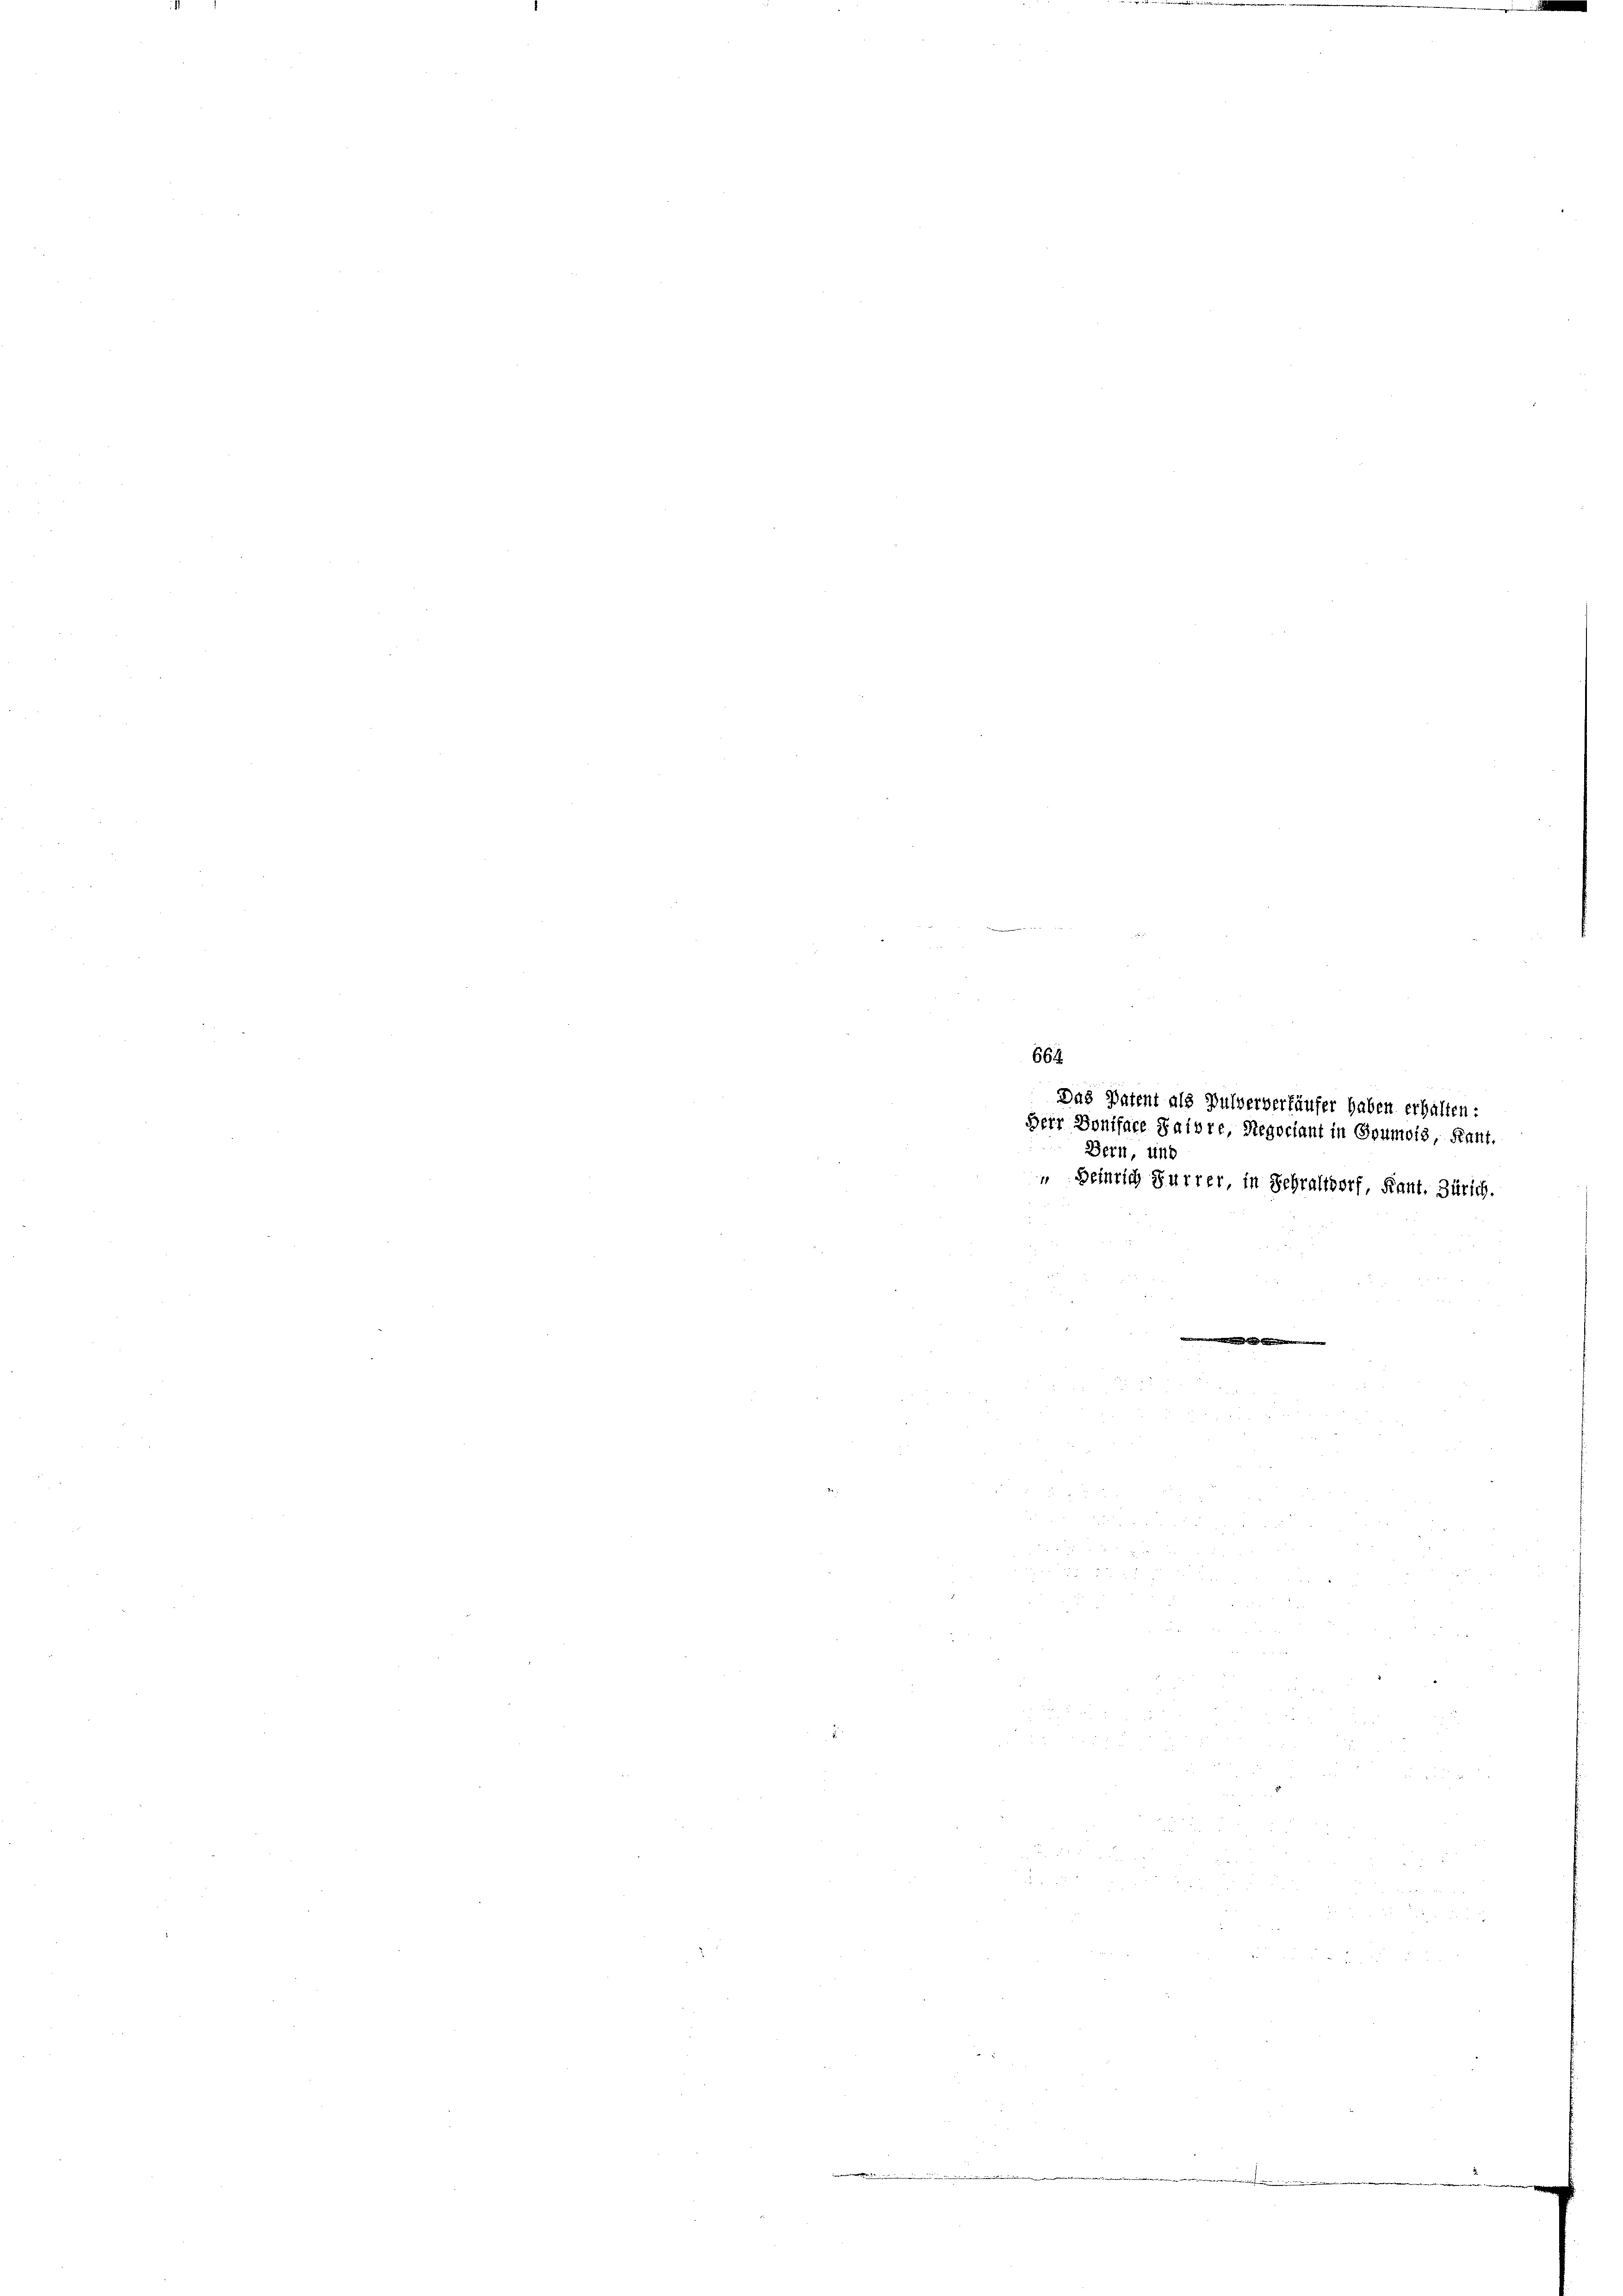
Bern, und
 Heinrich Furrer in Sehraltorf, Kant. Zürich.

L

664.

e

Das Patent als Pulververkäufer haben erhalten:
Herr Doniface faire, Negociant in Goumois, Kant.

eren und in einer eine

e

.